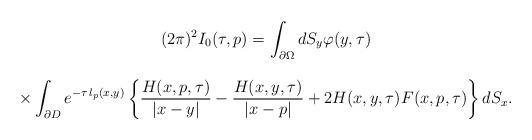
LaTeX: \begin{align*}\begin{array}{c}\displaystyle(2\pi)^2I_0(\tau,p)=\int_{\partial\Omega}dS_y\varphi(y,\tau)\\\\\displaystyle\times\int_{\partial D}e^{-\tau\,l_p(x,y)}\left\{\frac{H(x,p,\tau)}{\vert x-y\vert}-\frac{H(x,y,\tau)}{\vert x-p\vert}+2H(x,y,\tau)F(x,p,\tau)\right\}dS_x.\end{array}\end{align*}